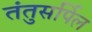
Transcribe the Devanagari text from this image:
तंतुसर्पिल